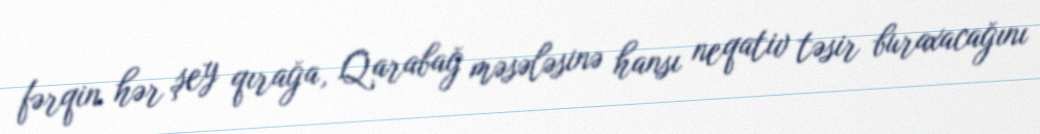
fərqin hər şey qırağa, Qarabağ məsələsinə hansı neqativ təsir buraxacağını